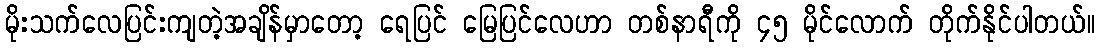
မိုးသက်လေပြင်းကျတဲ့အချိန်မှာတော့ ရေပြင် မြေပြင်လေဟာ တစ်နာရီကို ၄၅ မိုင်လောက် တိုက်နိုင်ပါတယ်။